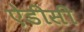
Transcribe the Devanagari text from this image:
ऐडीसी